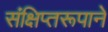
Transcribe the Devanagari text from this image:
संक्षिप्तरूपाने